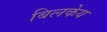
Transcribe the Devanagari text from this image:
बिलकेय